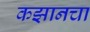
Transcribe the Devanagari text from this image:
कझानचा